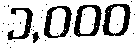
၁,၀၀၀